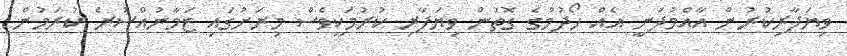
ވިޔަފާރިކުރުން އާއްމުދަނީ އެއް ހޯދުމުގެ ގޮތުން ވިޔަފާރި ކުރުމަކީވެސް މިރަށުގައި ޒަމާނުއްސުރެ ކުރަމުން